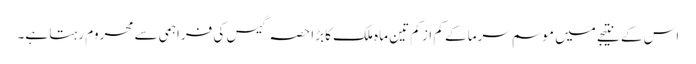
اس کے نتیجے میں موسم سرما کے کم از کم تین ماہ ملک کا بڑا حصہ گیس کی فراہمی سے محروم رہتا ہے۔